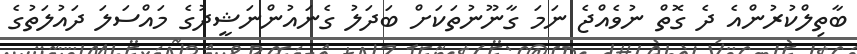
ބާތިލްކުރުންއެ ދެ ގޮތް ނުވެއްޖެ ނަމަ ގާނޫނުތަކަށް ބަދަލު ގެނައުންނަޝީދުގެ މައްސަލަ ދައުލަތުގެ